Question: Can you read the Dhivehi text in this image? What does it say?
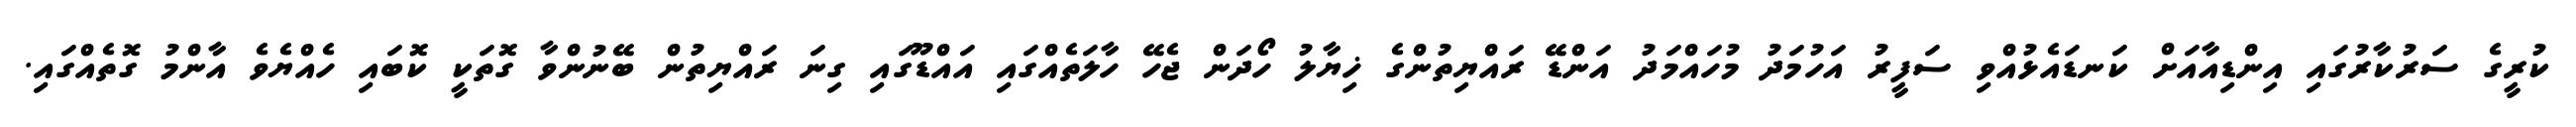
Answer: ކުރީގެ ސަރުކާރުގައި އިންޑިއާއަށް ކަނޑައެޅުއްވި ސަފީރު އަހުމަދު މުހައްމަދު އަންޑޭ ރައްޔިތުންގެ ޚިޔާލު ހޯދަން ޖެހޭ ހާލަތެއްގައި އައްޑޫގައި ގިނަ ރައްޔިތުން ބޭނުންވާ ގޮތަކީ ކޮބައި ހެއްޔެވެ އާންމު ގޮތެއްގައި.